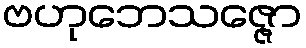
ဗဟုဘေသဇ္ဇော